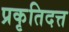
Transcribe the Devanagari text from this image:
प्रकृतिदत्त